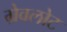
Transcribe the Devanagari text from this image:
ग्रेवलोट